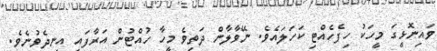
ވައިނޮޅީގަ މީހަކު ހިފެހެއްޓި ކަހަލައެވެ. ނޭވާލާން ދަތިވެ މީހާ ހުއްޓުން އަރާފައި އިނދެވުނެވެ.